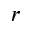
r